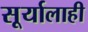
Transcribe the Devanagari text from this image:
सूर्यालाही